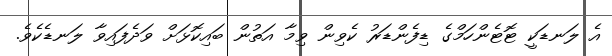
އެ ލަނޑަކީ ޓޮޓެންހަމްގެ ޑިފެންޑަރު ކެވިން ވިމާ އަތުން ބައިކޮޅަށް ވަދެފައިވާ ލަނޑެކެވެ.